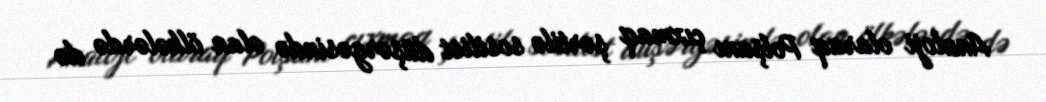
Analoji olaraq Polşanı çıxmaq şərtilə sosilist düşərgəsində olan ölkələrdə də